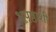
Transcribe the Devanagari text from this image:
भूपृष्ठाशी